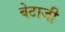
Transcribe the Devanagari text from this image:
बेटाजी